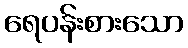
ရေပန်းစားသော